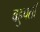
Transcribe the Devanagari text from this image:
बहुपर्ती